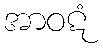
အာဝဋံ